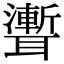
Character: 聻